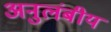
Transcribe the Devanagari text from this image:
अनुलंबीय